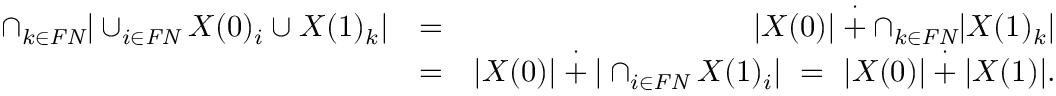
\begin{array} { r l r } { \cap _ { k \in \mathit { F N } } | \cup _ { i \in \mathit { F N } } X ( 0 ) _ { i } \cup X ( 1 ) _ { k } | } & { = } & { | X ( 0 ) | \overset { \cdot } { + } \cap _ { k \in \mathit { F N } } | X ( 1 ) _ { k } | } \\ & { = } & { | X ( 0 ) | \overset { \cdot } { + } | \cap _ { i \in \mathit { F N } } X ( 1 ) _ { i } | \ = \ | X ( 0 ) | \overset { \cdot } { + } | X ( 1 ) | . } \end{array}